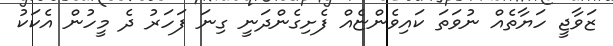
ޒަވާޖީ ހަޔާތެއް ނުވަތަ ކައިވެންޏެއް ފެށިގެންދަނީ ގިނަ ފަހަރު ދެ މީހުން އެކަކު